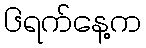
၆ရက်နေ့က